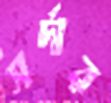
সর্দার